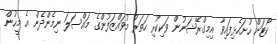
ކޯޓަށް ހުށަހެޅިފައިވާ އިމިގްރޭޝަނުން ވަކިކުރި ހަތަރު މުވައްޒަފުންގެ މައްސަލަ ނިމެންދެން އެ މީހުން